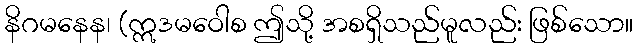
နိဂမနေန၊ (ဣဒမဝေါစ ဤသို့ အစရှိသည်မူလည်း ဖြစ်သော။